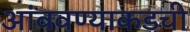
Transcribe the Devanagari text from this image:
आंबवण्याकडची